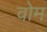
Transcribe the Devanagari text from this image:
वोम